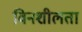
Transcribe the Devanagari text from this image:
विनशीलता